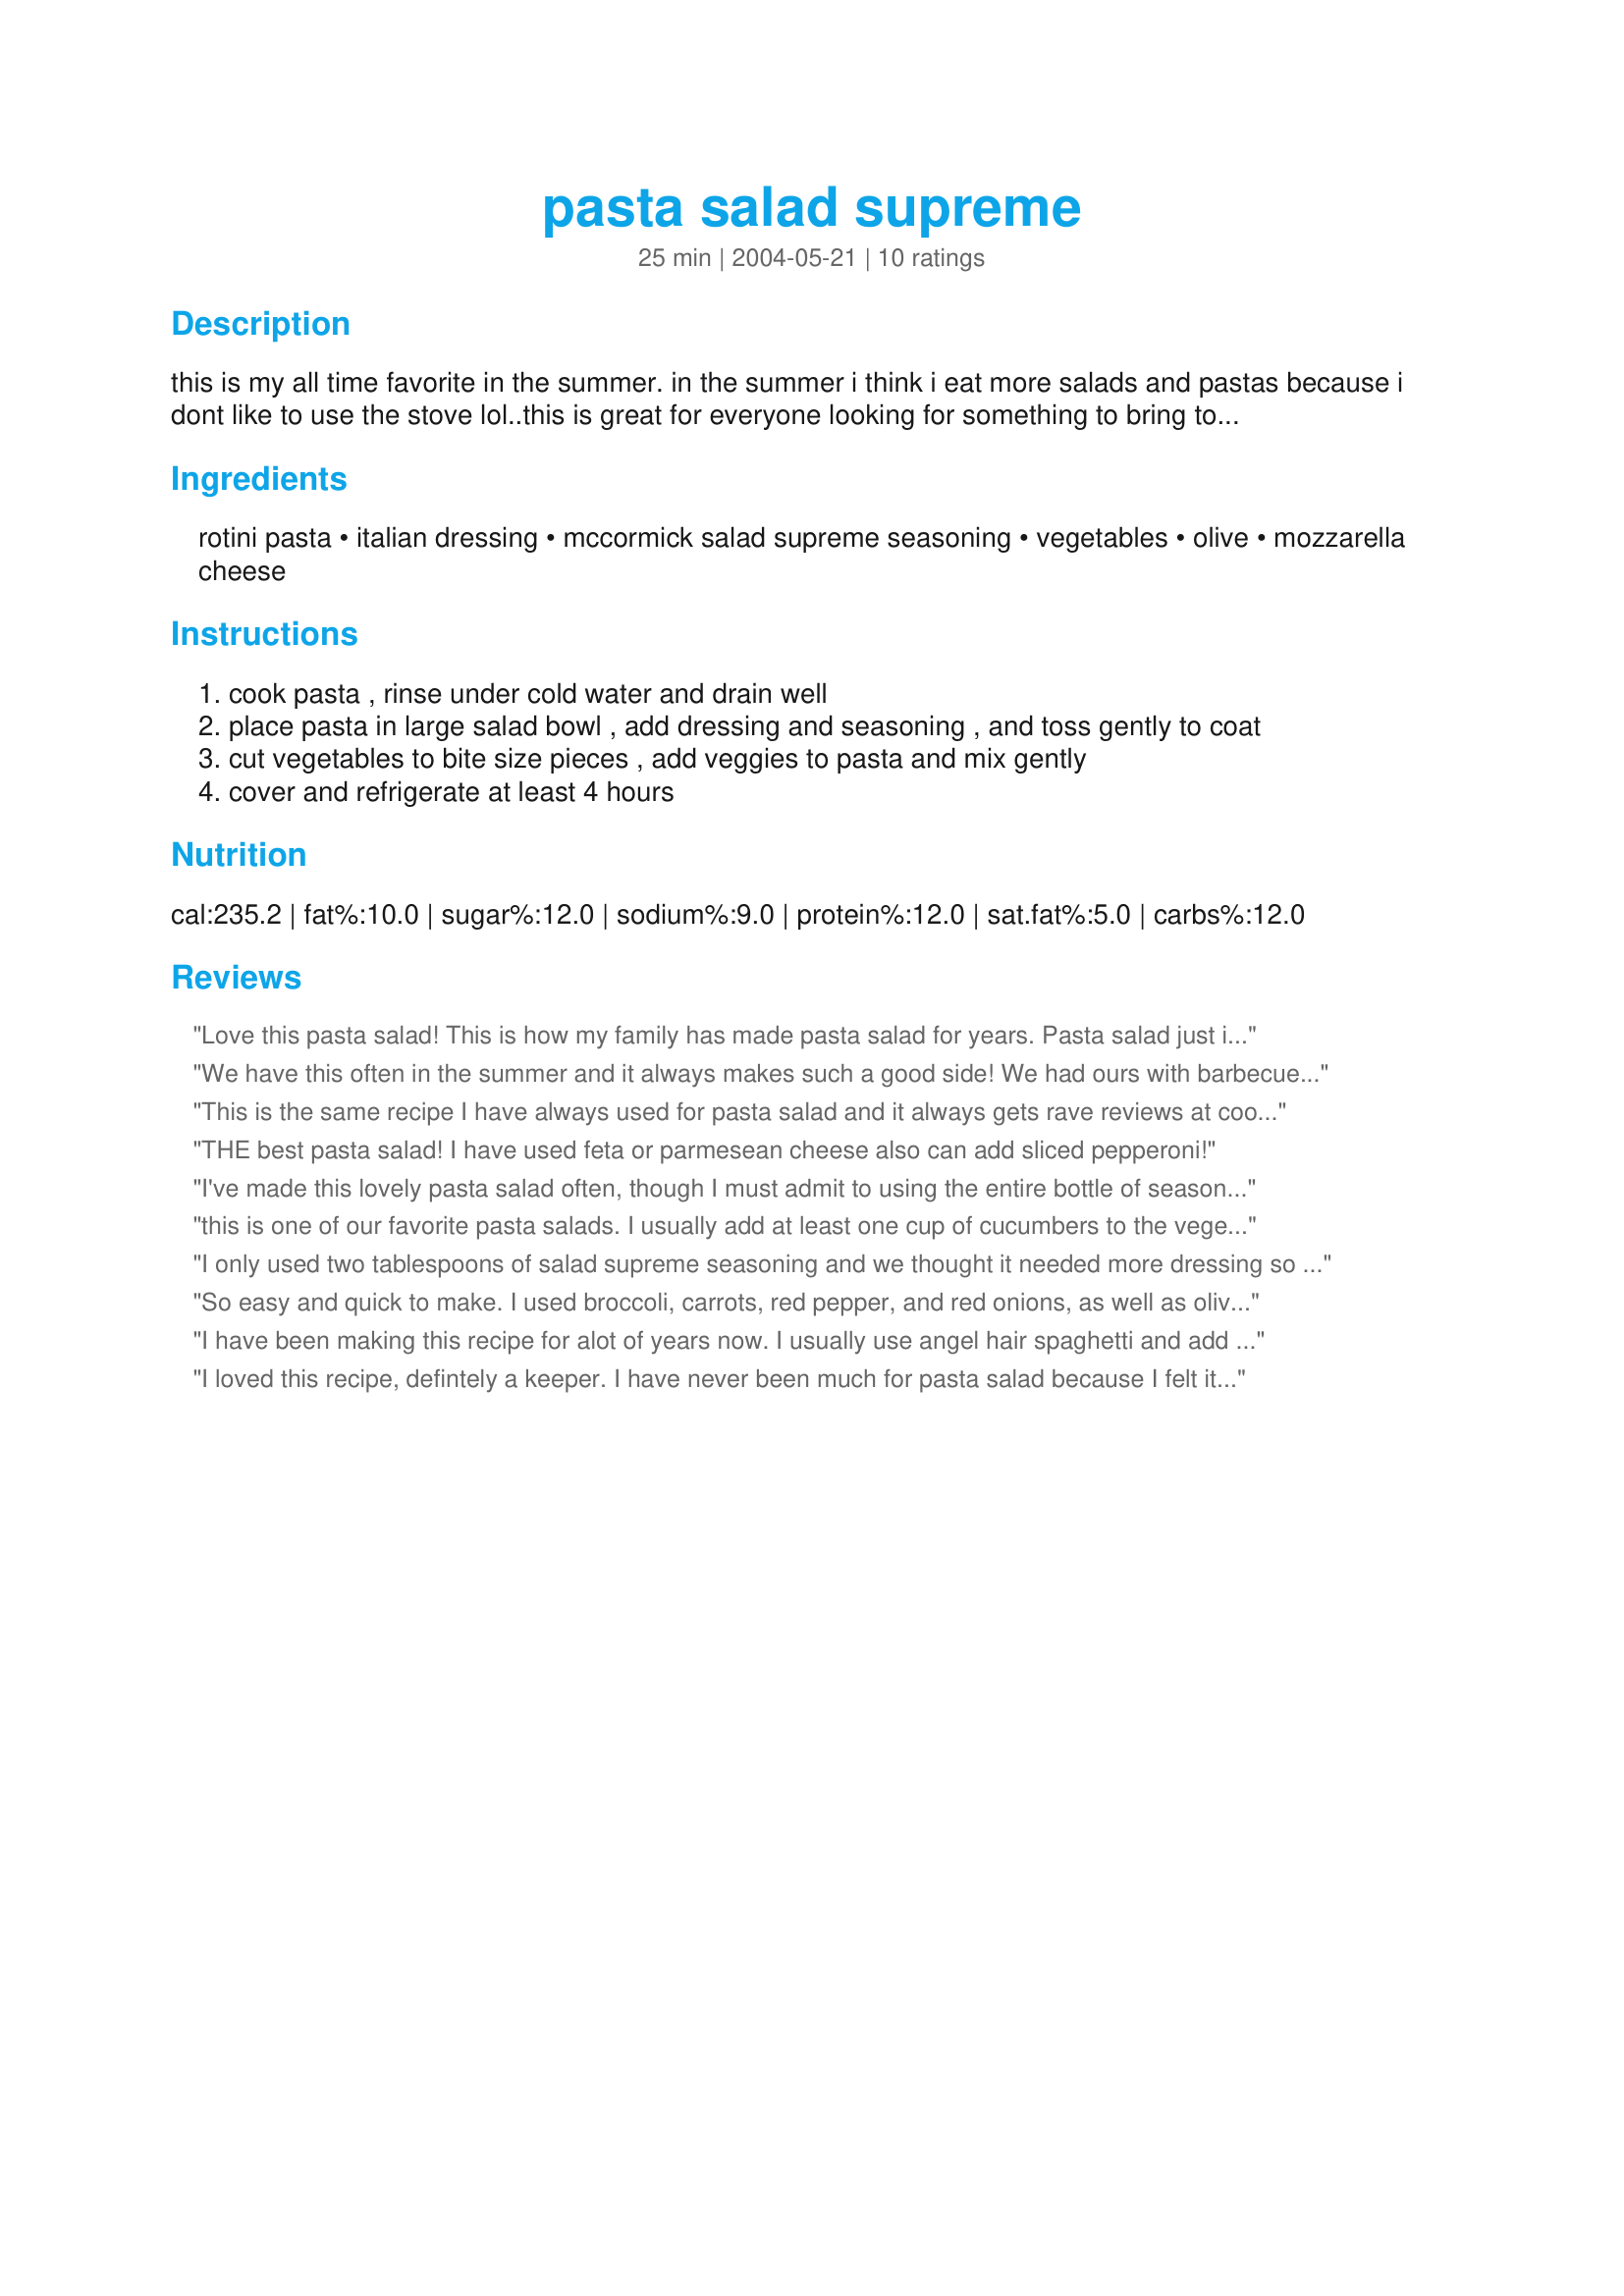
pasta salad supreme
Preparation time: 25 minutes

this is my all time favorite in the summer. in the summer i think i eat more salads and pastas because i dont like to use the stove lol..this is great for everyone looking for something to bring to a potluck. enjoy

Ingredients:
rotini pasta, italian dressing, mccormick salad supreme seasoning, vegetables, olive, mozzarella cheese

Steps:
cook pasta , rinse under cold water and drain well
place pasta in large salad bowl , add dressing and seasoning , and toss gently to coat
cut vegetables to bite size pieces , add veggies to pasta and mix gently
cover and refrigerate at least 4 hours

Reviews:
Love this pasta salad! This is how my family has made pasta salad for years. Pasta salad just isn't pasta salad without the taste of salad supreme :) Love all the fresh veggie choices you can add. I always use the tri-color rotini - gives it such nice color with all the veg's and seasonings. Thanks for posting!
We have this often in the summer and it always makes such a good side! We had ours with barbecue chicken and enjoyed it so much! I used broccoli, grape tomatoes, vadalia onions, carrots, green pepper and black olives. Deelicious!
This is the same recipe I have always used for pasta salad and it always gets rave reviews at cookouts and gatherings. I use the Cavatappi pasta and lite italian dressing, I also always add green and red peppers. I have never tried the mozzarella but that sounds delish and plan to do so next time I make this! Thanks for posting!
THE best pasta salad! I have used feta or parmesean cheese also can add sliced pepperoni!
I've made this lovely pasta salad often, though I must admit to using the entire bottle of seasoning for optimum flavor. This tip came from a friend and I've been making it this way ever since. This is a big winner at parties I bring it to, and for the holidays or birthdays, bow ties are my pasta of choice. You just can't go wrong with this one, everyone literally eats it up!
this is one of our favorite pasta salads. I usually add at least one cup of cucumbers to the vegetable mix. Thank you for posting this recipe.
I only used two tablespoons of salad supreme seasoning and we thought it needed more dressing so we used 16 ounces of Italian dressing. I used tomatoes, broccoli and cucumber for the vegetables. I did add the olives and cheese. We all enjoyed this.
So easy and quick to make. I used broccoli, carrots, red pepper, and red onions, as well as olives and fresh mozzarella cheese. I would have used tomatoes and cucumbers as well except that I was serving it alongside another salad that was full of those. When I first made it and tasted it, the dressing seemed overwhelming, but after it had mellowed in the fridge half the day, it was just barely enough dressing to be nice and flavorful.
I have been making this recipe for alot of years now. I usually use angel hair spaghetti and add more veggies of different kinds and a can of drained diced tomatoes. Its delicious!
and its better the longer its chilled. 
I also used green onions this time cause thats what I had on hand. 
Thanks for sharing this recipe!
I loved this recipe, defintely a keeper. I have never been much for pasta salad because I felt it had too much oil and not very flavorful. This one has changed my thoughts on pasta salad. Thanks for a great recipe.
